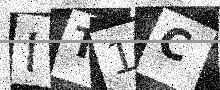
Text: IT1C